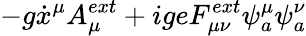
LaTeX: -g\dot{x}^{\mu}A_{\mu}^{ext}+igeF_{\mu\nu}^{ext}\psi_{a}^{\mu}\psi_{a}^{\nu}